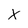
Character: x